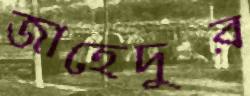
জাহেদুর